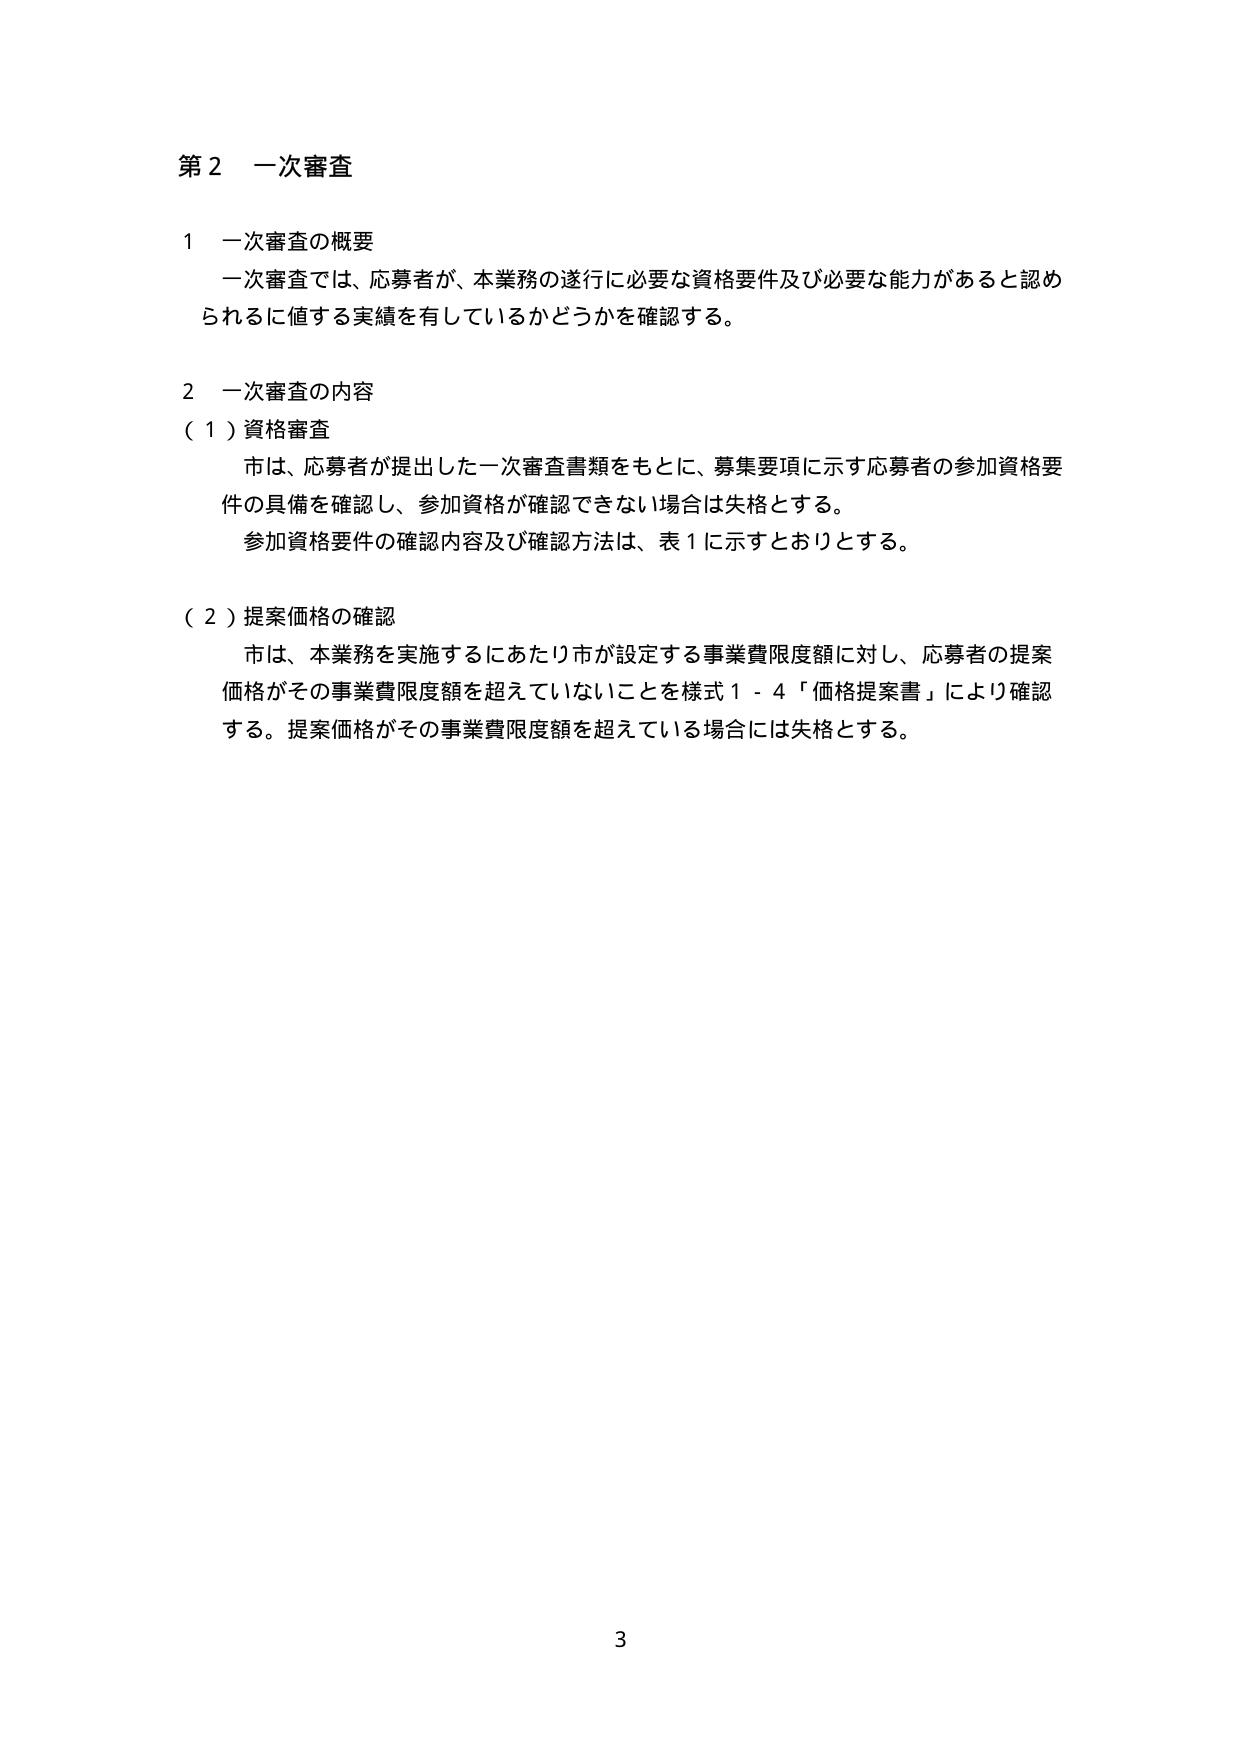
第２ 一次審査

１ 一次審査の概要
一次審査では、応募者が、本業務の遂行に必要な資格要件及び必要な能力があると認め
られるに値する実績を有しているかどうかを確認する。

２ 一次審査の内容
（１）資格審査
市は、応募者が提出した一次審査書類をもとに、募集要項に示す応募者の参加資格要
件の具備を確認し、参加資格が確認できない場合は失格とする。
参加資格要件の確認内容及び確認方法は、表１に示すとおりとする。

（２）提案価格の確認
市は、本業務を実施するにあたり市が設定する事業費限度額に対し、応募者の提案
価格がその事業費限度額を超えていないことを様式１－４「価格提案書」により確認
する。提案価格がその事業費限度額を超えている場合には失格とする。

3